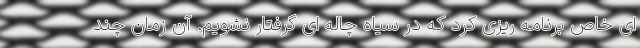
ای خاص برنامه ریزی کرد که در سیاه چاله ای گرفتار نشویم. آن زمان چند